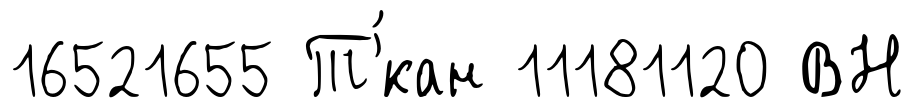
16521655 Т'́кан 11181120 ВН